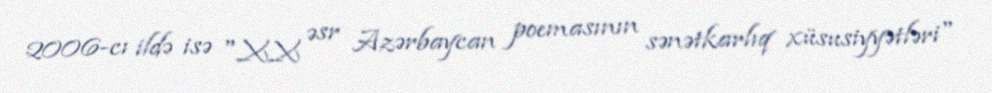
2006-cı ildə isə "XX əsr Azərbaycan poemasının sənətkarlıq xüsusiyyətləri"